Report on the Civil Veterinary Department, Eastern Bengal and Assam - 1907-1911
Year: 1907
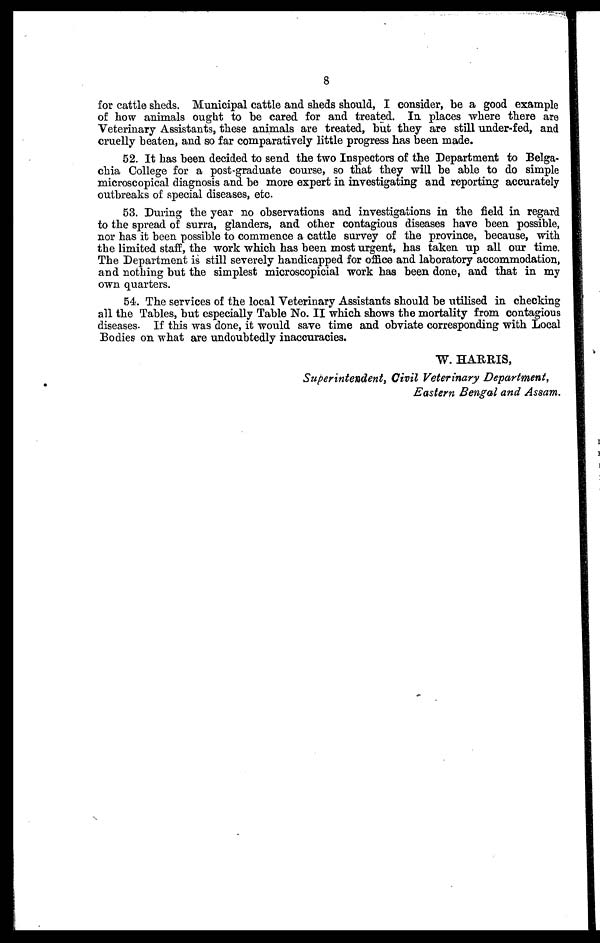
8
for cattle sheds. Municipal cattle and sheds should, I consider, be a good example
of how animals ought to be cared for and treated. In places where there are
Veterinary Assistants, these animals are treated, but they are still under-fed, and
cruelly beaten, and so far comparatively little progress has been made.
52. It has been decided to send the two Inspectors of the Department to Belga-
chia College for a post-graduate course, so that they will be able to do simple
microscopical diagnosis and be more expert in investigating and reporting accurately
outbreaks of special diseases, etc.
53. During the year no observations and investigations in the field in regard
to the spread of surra, glanders, and other contagious diseases have been possible,
nor has it been possible to commence a cattle survey of the province, because, with
the limited staff, the work which has been most urgent, has taken up all our time.
The Department is still severely handicapped for office and laboratory accommodation,
and nothing but the simplest microscopicial work has been done, and that in my
own quarters.
54. The services of the local Veterinary Assistants should be utilised in checking
all the Tables, but especially Table No. II which shows the mortality from contagious
diseases. If this was done, it would save time and obviate corresponding with Local
Bodies on what are undoubtedly inaccuracies.
W. HARRIS,
Superintendent, Civil Veterinary Department,
Eastern Bengal and Assam.